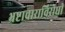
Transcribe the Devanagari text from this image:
भ्रष्टाचाराविरोधी